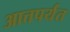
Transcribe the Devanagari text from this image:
आत्तपर्यंत